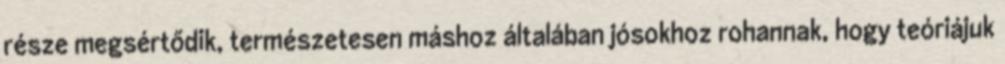
része megsértődik, természetesen máshoz általában jósokhoz rohannak, hogy teóriájuk